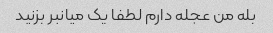
بله من عجله دارم لطفا یک میانبر بزنید